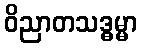
ဝိညာတသဒ္ဓမ္မာ